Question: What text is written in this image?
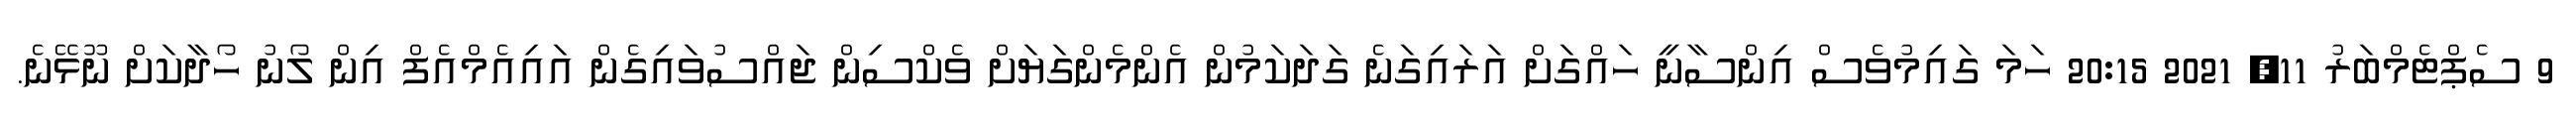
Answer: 9 ސެޕްޓެމްބަރު 11, 2021 20:15 ހަމަ ގައިމުވެސް އިންސާނީ ހައްގަށް އަރައިގަނެ ގަދަކަމުން އެންމެންގަޔަށް ވެކްސިން ޖައްސުވައިގެން އައިއެމްއެފް އިން ލޯނު ހޯދާކަށް ނޫޅޭނެ.